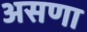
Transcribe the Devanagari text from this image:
असणा